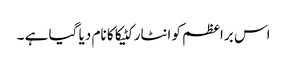
اس براعظم کو انٹارکٹیکا کا نام دیا گیا ہے ۔